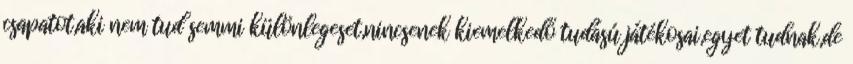
csapatot,aki nem tud semmi különlegeset,nincsenek kiemelkedő tudású játékosai,egyet tudnak,de